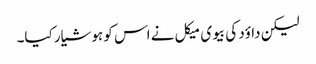
لیکن داؤد کی بیوی میکل نے اس کو ہوشیار کیا۔